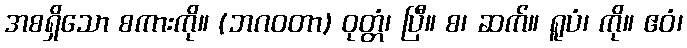
အစရှိသော စကားကို။ (ဘဂဝတာ) ဝုတ္တံ၊ ပြီ။ စ၊ ဆက်။ ရူပံ၊ ကို။ ဧဝံ၊